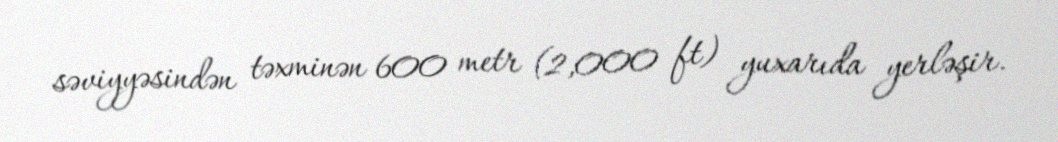
səviyyəsindən təxminən 600 metr (2,000 ft) yuxarıda yerləşir.